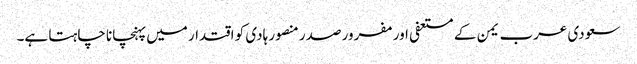
سعودی عرب یمن کے مستعفی اور مفرور صدر منصور ہادی کو اقتدار میں پہنچانا چاہتا ہے۔